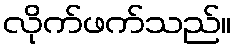
လိုက်ဖက်သည်။